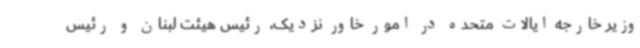
وزیر خارجه ایالات متحده در امور خاور نزدیک، رئیس هیئت لبنان و رئیس